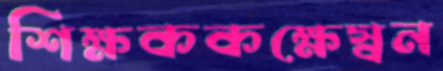
শিক্ষককক্ষেস্বন